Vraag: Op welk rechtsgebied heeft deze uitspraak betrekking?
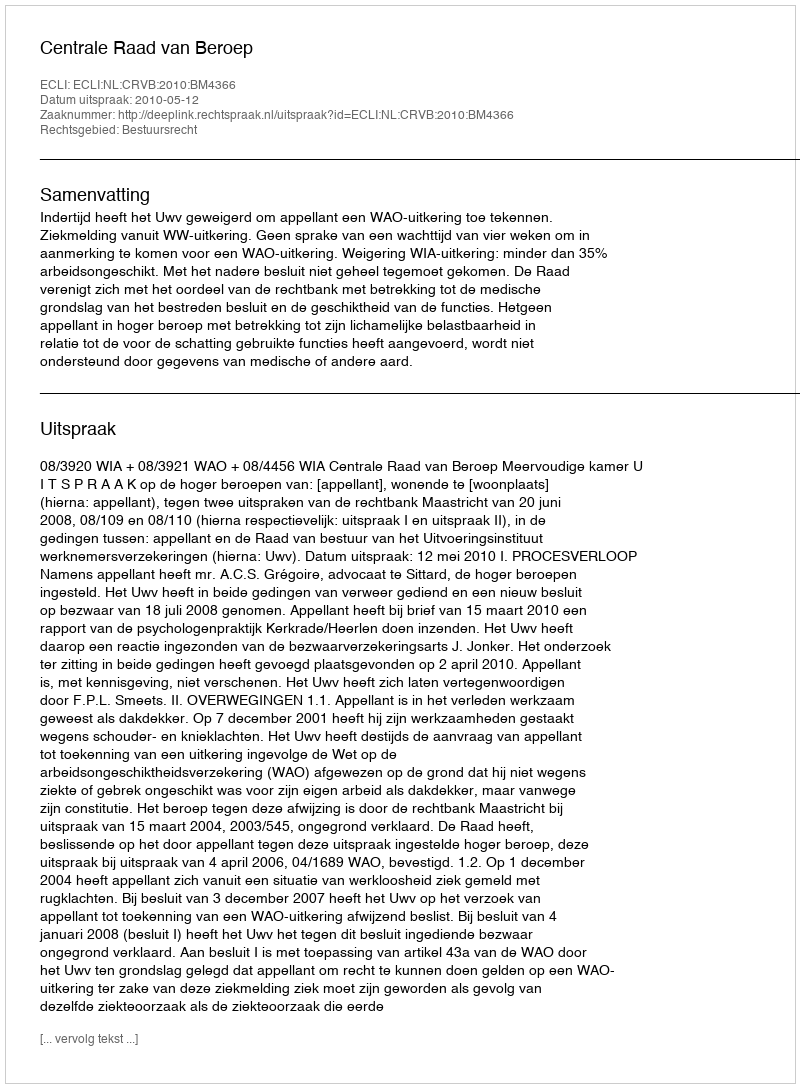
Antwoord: Bestuursrecht